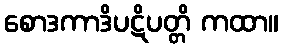
စောဒကာဒိပဋိပတ္တိ ကထာ။